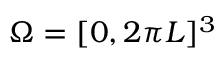
\Omega = [ 0 , 2 \pi L ] ^ { 3 }